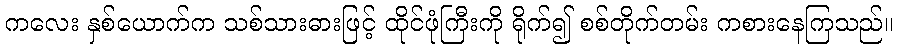
ကလေး နှစ်ယောက်က သစ်သားဓားဖြင့် ထိုင်ဖုံကြီးကို ရိုက်၍ စစ်တိုက်တမ်း ကစားနေကြသည်။